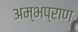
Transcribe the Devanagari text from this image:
अम्भप्राण